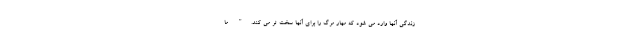
زندگی آنها وارد می شود که مهار مرگ را برای آنها سخت تر می کند." ما